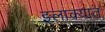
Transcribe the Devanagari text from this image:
इलाक्यात